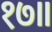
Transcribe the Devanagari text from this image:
१७॥